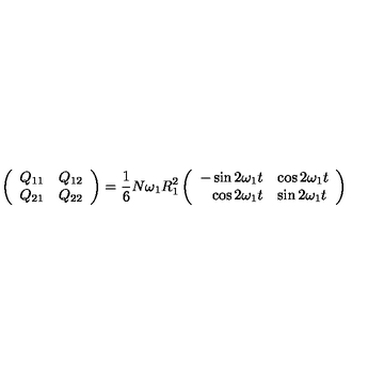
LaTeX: \left( \begin{array} { r l } { Q _ { 1 1 } } & { Q _ { 1 2 } } \\ { Q _ { 2 1 } } & { Q _ { 2 2 } } \\ \end{array} \right) = \frac { 1 } { 6 } N \omega _ { 1 } R _ { 1 } ^ { 2 } \left( \begin{array} { r l } { - \sin 2 \omega _ { 1 } t } & { \cos 2 \omega _ { 1 } t } \\ { \cos 2 \omega _ { 1 } t } & { \sin 2 \omega _ { 1 } t } \\ \end{array} \right)